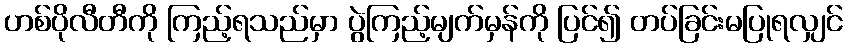
ဟစ်ပိုလီတီကို ကြည့်ရသည်မှာ ပွဲကြည့်မျက်မှန်ကို ပြင်၍ တပ်ခြင်းမပြုရလျှင်